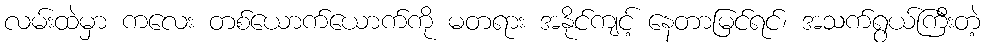
လမ်းထဲမှာ ကလေး တစ်ယောက်ယောက်ကို မတရား အနိုင်ကျင့် နေတာမြင်ရင်၊ အသက်ရွယ်ကြီးတဲ့